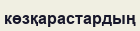
көзқарастардың